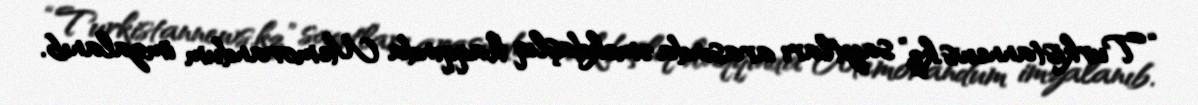
“Turkistannews.kz” saytları arasında əməkdaşlıq haqqında Memorandum imzalanıb.